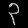
Digit: ၃